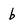
Character: b